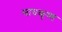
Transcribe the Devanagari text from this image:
माघकृष्ण